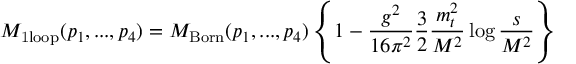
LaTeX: { \cal M } _ { \mathrm { 1 l o o p } } ( p _ { 1 } , . . . , p _ { 4 } ) = { \cal M } _ { \mathrm { B o r n } } ( p _ { 1 } , . . . , p _ { 4 } ) \left\{ 1 - \frac { g ^ { 2 } } { 1 6 \pi ^ { 2 } } \frac { 3 } { 2 } \frac { m _ { t } ^ { 2 } } { M ^ { 2 } } \log \frac { s } { M ^ { 2 } } \right\}